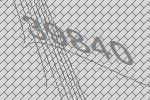
39840